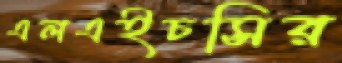
এলএইচসির